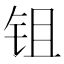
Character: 𬬺